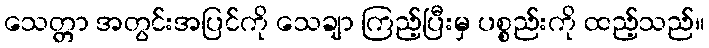
သေတ္တာ အတွင်းအပြင်ကို သေချာ ကြည့်ပြီးမှ ပစ္စည်းကို ထည့်သည်။